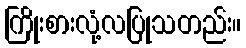
ကြိုးစားလုံ့လပြုသတည်း။